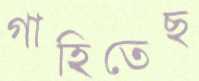
গাহিতেছ